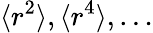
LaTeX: \langle r^{2}\rangle,\langle r^{4}\rangle,\dots